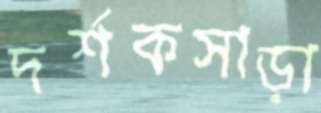
দর্শকসাড়া